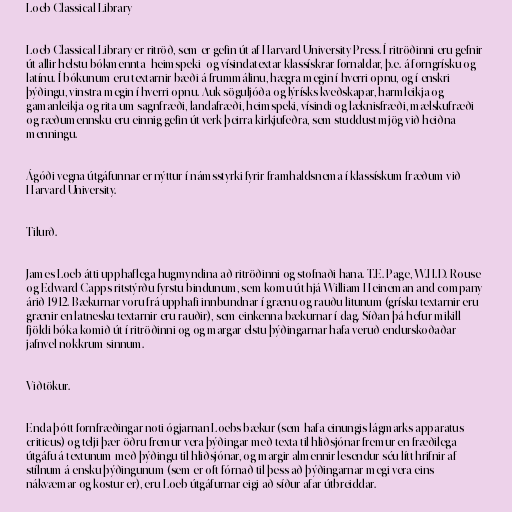
Loeb Classical Library

Loeb Classical Library er ritröð, sem er gefin út af Harvard University Press. Í ritröðinni eru gefnir
út allir helstu bókmennta- heimspeki- og vísindatextar klassískrar fornaldar, þ.e. á forngrísku og
latínu. Í bókunum eru textarnir bæði á frummálinu, hægra megin í hverri opnu, og í enskri
þýðingu, vinstra megin í hverri opnu. Auk söguljóða og lýrísks kveðskapar, harmleikja og
gamanleikja og rita um sagnfræði, landafræði, heimspeki, vísindi og læknisfræði, mælskufræði
og ræðumennsku eru einnig gefin út verk þeirra kirkjufeðra, sem studdust mjög við heiðna
menningu.

Ágóði vegna útgáfunnar er nýttur í námsstyrki fyrir framhaldsnema í klassískum fræðum við
Harvard University.

Tilurð.

James Loeb átti upphaflega hugmyndina að ritröðinni og stofnaði hana. T.E. Page, W.H.D. Rouse
og Edward Capps ritstýrðu fyrstu bindunum, sem komu út hjá William Heineman and company
árið 1912. Bækurnar voru frá upphafi innbundnar í grænu og rauðu litunum (grísku textarnir eru
grænir en latnesku textarnir eru rauðir), sem einkenna bækurnar í dag. Síðan þá hefur mikill
fjöldi bóka komið út í ritröðinni og og margar elstu þýðingarnar hafa veruð endurskoðaðar
jafnvel nokkrum sinnum.

Viðtökur.

Enda þótt fornfræðingar noti ógjarnan Loebs bækur (sem hafa einungis lágmarks apparatus
criticus) og telji þær öðru fremur vera þýðingar með texta til hliðsjónar fremur en fræðilega
útgáfu á textunum með þýðingu til hliðsjónar, og margir almennir lesendur séu lítt hrifnir af
stílnum á ensku þýðingunum (sem er oft fórnað til þess að þýðingarnar megi vera eins
nákvæmar og kostur er), eru Loeb útgáfurnar eigi að síður afar útbreiddar.